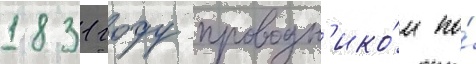
1831 году проводн'ико́м по́